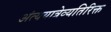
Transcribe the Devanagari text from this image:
अंत्ययात्रेव्यतिरिक्त